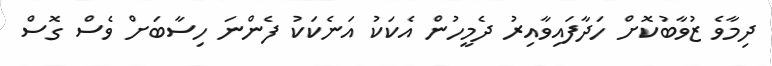
ދިމާވެ ޒުވާބުކޮށް ހަދާފައިވާއިރު ދެމީހުން އެކަކު އަނެކަކު ފެންނަ ހިސާބަށް ވެސް ގޮސް